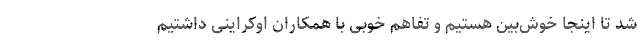
شد تا اینجا خوش‌بین هستیم و تفاهم خوبی با همکاران اوکراینی داشتیم